Lunatic asylums Bombay report 1891-1903 - 1891-1903
Year: 1891
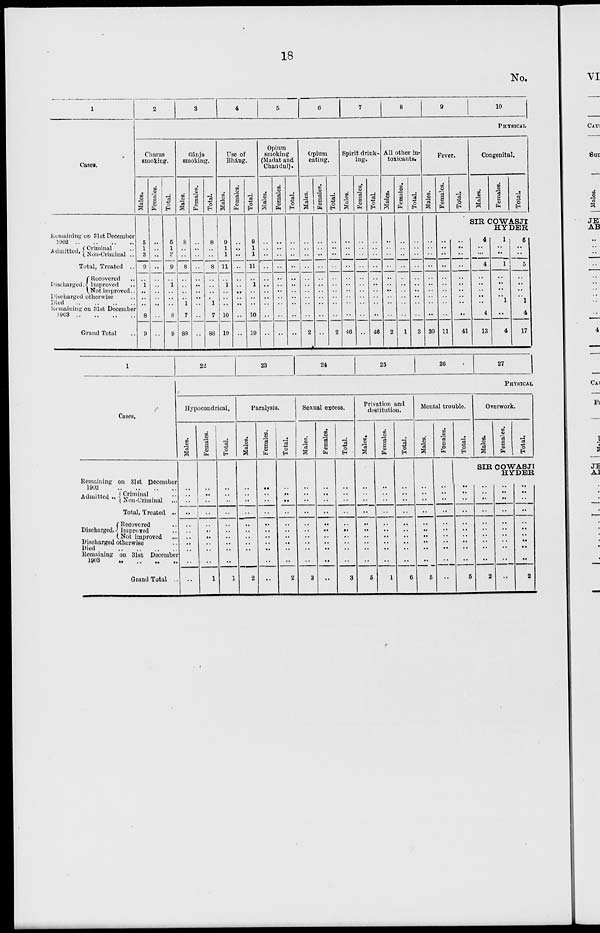
18
No.
1
Cases.
Remaining on 31st December
1902 ..
..
..
..
Admitted. Criminal ..
Non-Criminal ..
Total, Treated ..
Discharged
Recovered
..
Improved ..
Not improved..
Discharged otherwise ..
Died .. .. .. ..
Remaining on 31st December
1903
..
..
..
..
Grand Total ..
2
3
4
5
6
7
8
9
10
PHYSICAL
Charas
smoking.
Males.
5
1
3
9
..
1
..
..
..
8
9
Females.
..
..
..
..
..
..
..
..
..
..
..
Total.
5
1
3
9
..
1
..
..
..
8
9
Gánja
smoking.
Males.
8
..
..
8
..
..
..
..
1
7
88
Females.
..
..
..
..
..
..
..
..
..
..
..
Total.
8
..
..
8
..
..
..
..
1
7
88
Use of
Bhang.
Males.
9
1
1
11
..
1
..
..
..
10
19
Females.
..
..
..
..
..
..
..
..
..
..
..
Total.
9
1
1
11
..
1
..
..
..
10
19
Opium
smoking
(Madat and
Chandul).
Males.
..
..
..
..
..
..
..
..
..
..
..
Females.
..
..
..
..
..
..
..
..
..
..
..
Total.
..
..
..
..
..
..
..
..
..
..
..
Opium
eating.
Males.
..
..
..
..
..
..
..
..
..
..
2
Females.
..
..
..
..
..
..
..
..
..
..
..
Total.
..
..
..
..
..
..
..
..
..
..
2
Spirit drink-
ing.
Males.
..
..
..
..
..
..
..
..
..
..
46
Females.
..
..
..
..
..
..
..
..
..
..
..
Total.
..
..
..
..
..
..
..
..
..
..
46
All other in-
toxicants.
Males.
..
..
..
..
..
..
..
..
..
..
2
Females.
..
..
..
..
..
..
..
..
..
..
1
Total.
..
..
..
..
..
..
..
..
..
..
3
Fever.
Males.
..
..
..
..
..
..
..
..
..
..
30
Females.
Total.
Congenital.
Males.
Females.
Total.
SIR COWASJI
HYDER.
..
..
..
..
..
..
..
..
..
..
11
..
..
..
..
..
..
..
..
..
..
41
4
..
...
4
..
..
..
..
..
4
13
1
..
..
1
..
..
..
..
1
..
4
5
..
..
5
..
..
..
..
1
4
17
1
Cases.
Remaining on 31st December
1902
..
..
..
..
Admitted .. Criminal ..
Non-Criminal ...
Total, Treated ..
Discharged.
Recovered ..
Improved ..
Not improved ..
Discharged otherwise ..
Died
..
..
..
..
Remaining on 31st December
1903 .. .. .. ..
Grand Total
22
23
24
25
26
27
PHYSICAL
Hypocondrical.
Males.
..
..
..
..
..
..
..
..
..
..
..
Females.
..
..
..
..
..
..
..
..
..
..
1
Total.
..
..
..
..
..
..
..
..
..
..
1
Paralysis.
Males.
..
..
..
..
..
..
..
..
..
..
2
Females.
..
..
..
..
..
..
..
..
..
..
..
Total.
..
..
..
..
..
..
..
..
..
..
2
Sexual excess.
Males.
..
..
..
..
..
..
..
..
..
..
3
Females.
..
..
..
..
..
..
..
..
..
..
..
Total.
..
..
..
..
..
..
..
..
..
..
3
Privation and
destitution.
Males.
..
..
..
..
..
..
..
..
..
..
5
Females.
..
..
..
..
..
..
..
..
..
..
1
Total.
..
..
..
..
..
..
..
..
..
..
6
Mental trouble.
Males.
..
..
..
..
..
..
..
..
..
..
5
Females.
..
..
..
..
..
..
..
..
..
..
..
Total.
Overwork.
Males.
Females.
Total.
SIR COWASJI
HYDER
..
..
..
..
..
..
..
..
..
..
5
..
..
..
..
..
..
..
..
..
..
2
..
..
..
..
..
..
..
..
..
..
..
..
..
..
..
..
..
..
..
..
..
2